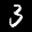
Label: 3